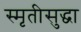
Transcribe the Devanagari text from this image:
स्मृतीसुद्धा